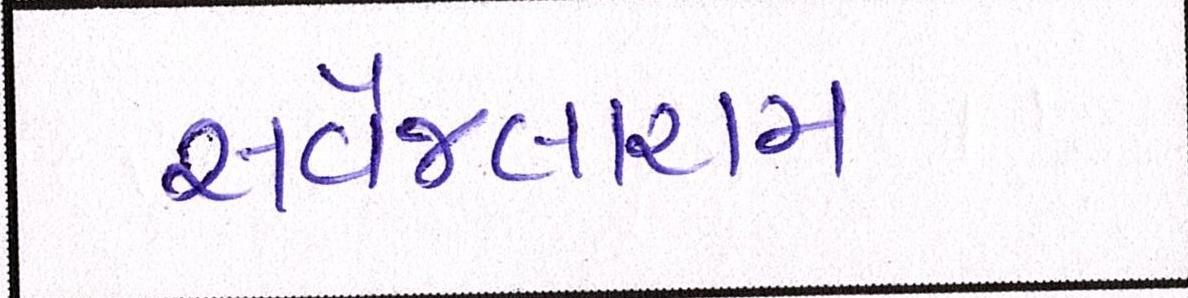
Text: સર્વેજલારામ